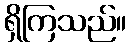
ရှိကြသည်။